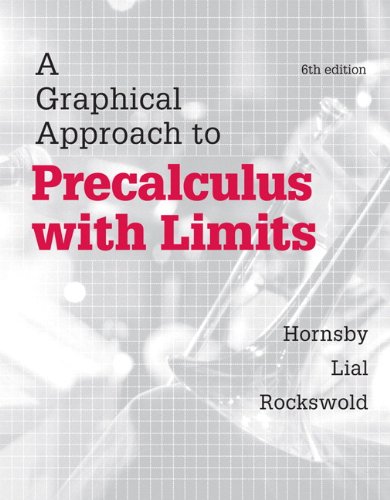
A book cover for A Graphical Approach to Precalculus with Limits (6th Edition); John Hornsby; Science & Math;